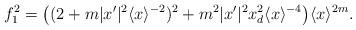
LaTeX: \begin{align*}f_1^2= \bigl((2+m |x'|^2\langle x \rangle^{-2} )^2 +m^2 |x'|^2 x_d^2\langle x \rangle^{-4}\bigr)\langle x \rangle^{2m}.\end{align*}